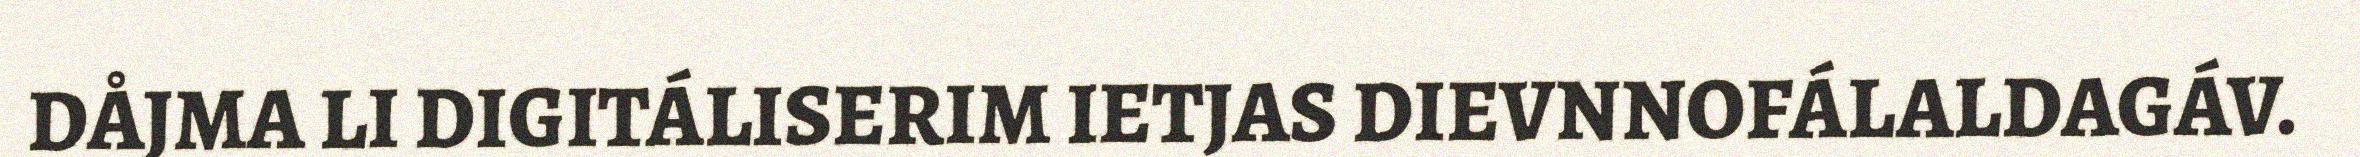
DÅJMA LI DIGITÁLISERIM IETJAS DIEVNNOFÁLALDAGÁV.